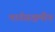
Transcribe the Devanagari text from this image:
मार्गसक्षमीय